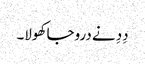
دِدِ نے دروجا کھولا۔